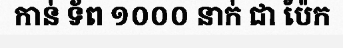
កាន់ ទ័ព ១០០០ នាក់ ជា ប៉ែក